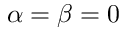
\alpha = \beta = 0